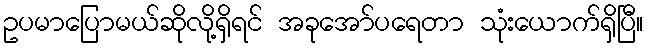
ဥပမာပြောမယ်ဆိုလို့ရှိရင် အခုအော်ပရေတာ သုံးယောက်ရှိပြီ။